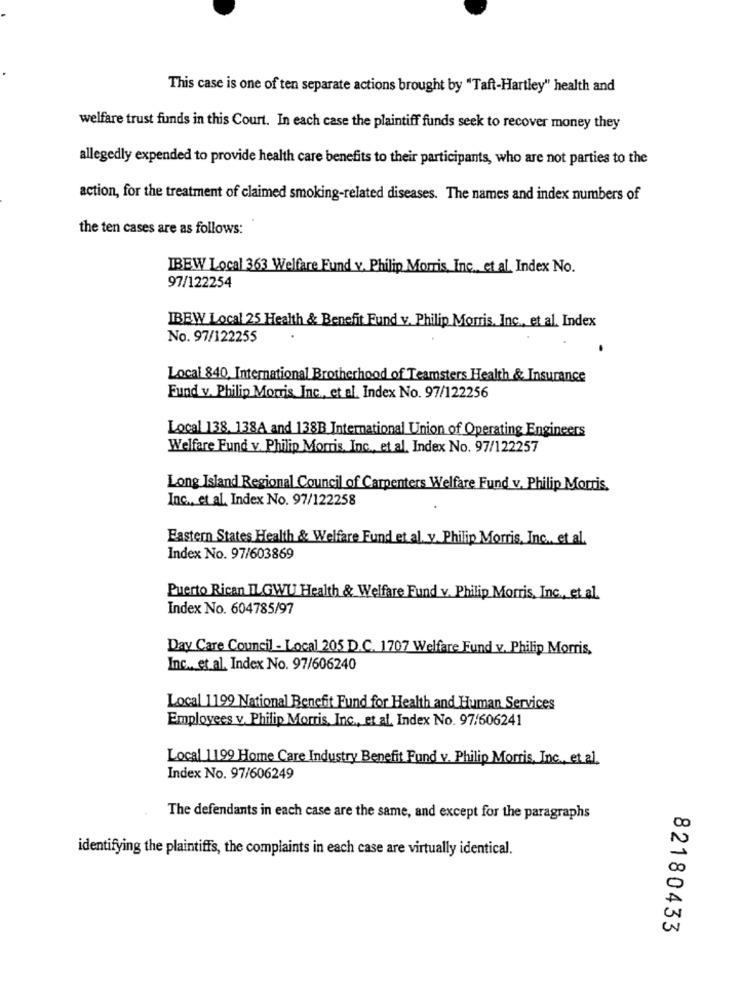
This case is one of ten separate actions brought by "Taft-Hartley" health and
welfare trust funds in this Court. In each case the plaintiff funds seek to recover money they
allegedly expended to provide health care benefits to their participants, who are not parties to the
action, for the treatment of claimed smoking-related diseases. The names and index numbers of
the ten cases are as follows:
IBEW Local 363 Welfare Fund v. Philip Morris, Inc. et al. Index No.
97/122254
IBEW Local 25 Health & Benefit Fund v. Philip Morris, Inc ., et al. Index
No. 97/122255
.
Local 840, International Brotherhood of Teamsters Health & Insurance
Fund v. Philip Morris Inc ., et al. Index No. 97/122256
Local 138, 138A and 138B International Union of Operating Engineers
Welfare Fund v. Philip Morris, Inc ., et al. Index No. 97/122257
Long Island Regional Council of Carpenters Welfare Fund v. Philip Morris.
Inc ., et al. Index No. 97/122258
Eastern States Health & Welfare Fund et al. y. Philip Morris, Inc ., et al.
Index No. 97/603869
Puerto Rican ILGWU Health & Welfare Fund v. Philip Morris, Inc ., et al.
Index No. 604785/97
Day Care Council - Local 205 D.C. 1707 Welfare Fund v. Philip Morris,
Inc ., et al. Index No. 97/606240
Local 1199 National Benefit Fund for Health and Human Services
Employees v. Philip Morris, Inc ., et al. Index No. 97/606241
Local 1199 Home Care Industry Benefit Fund v. Philip Morris, Inc ., et al.
Index No. 97/606249
The defendants in each case are the same, and except for the paragraphs
identifying the plaintiffs, the complaints in each case are virtually identical.
82180433